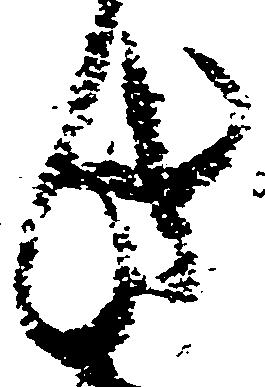
此